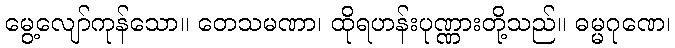
မွေ့လျော်ကုန်သော။ တေသမဏာ၊ ထိုရဟန်းပုဏ္ဏားတို့သည်။ ဓမ္မဂုဏေ၊